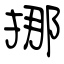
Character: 挪